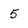
Character: 5